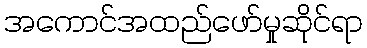
အကောင်အထည်ဖော်မှုဆိုင်ရာ